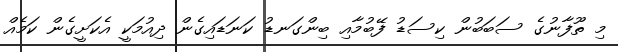
މި ތޫފާނުގެ ސަބަބުން ކިސަޑު ފޭބުމާއި ބިންގަނޑު ކަނަޑައިގެން ދިއުމަކީ އެކަށީގެން ކަމެއް